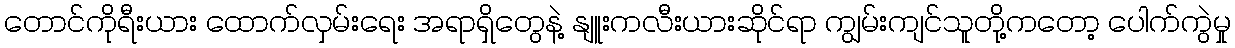
တောင်ကိုရီးယား ထောက်လှမ်းရေး အရာရှိတွေနဲ့ နျူးကလီးယားဆိုင်ရာ ကျွမ်းကျင်သူတို့ကတော့ ပေါက်ကွဲမှု